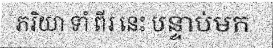
ភរិយា ទាំ ពីរ នេះ បន្ទាប់មក